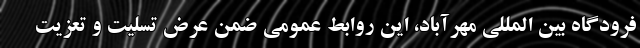
فرودگاه بین المللی مهرآباد، این روابط عمومی ضمن عرض تسلیت و تعزیت